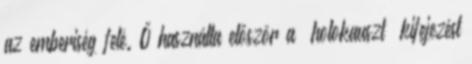
az emberiség felé. Ő használta először a „holokauszt” kifejezést